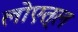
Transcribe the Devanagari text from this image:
लोएत्ल